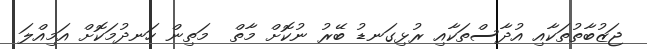
ޖަޒުބާތުތަކާއި އުދާސްތަކާއި ރުޅިގަނޑު ބޭރު ނުކޮށް މާތް  މަތިން ހަނދުމަކޮށް އަމިއްލަ